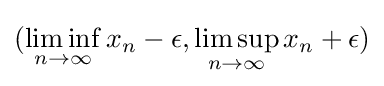
(\liminf _{n\to \infty }x_{n}-\epsilon ,\limsup _{n\to \infty }x_{n}+\epsilon )